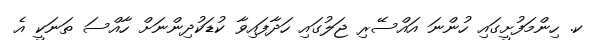
ކ. ހިންމަފުށީގައި ހުންނަ އައްސޭރި ޖަލުގައި ހަދާފައިވާ ކުޑަކުދިންނަށް ހާއްސަ ތަނަކީ އެ